Indian journal of veterinary science and animal husbandry - Volume 6,
Year: 1936
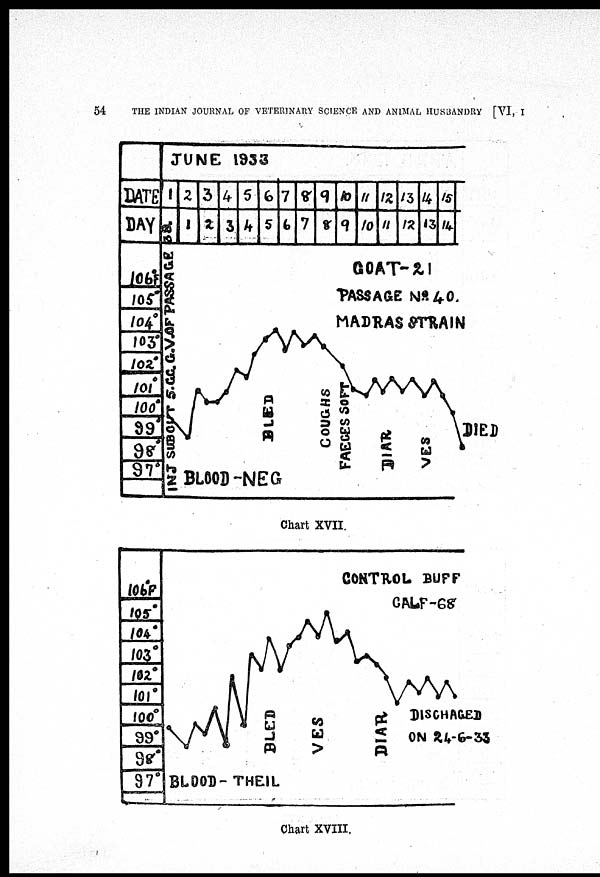
54
THE INDIAN JOURNAL OF VETERINARY SCIENCE AND ANIMAL HUSBANDRY [VI, I
Chart XVII.
Chart XVIII.